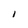
Character: I